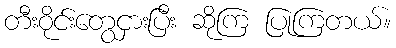
တီးဝိုင်းတွေငှားပြီး ဆိုကြ ပြုကြတယ်။